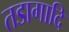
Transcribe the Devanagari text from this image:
तडागादि